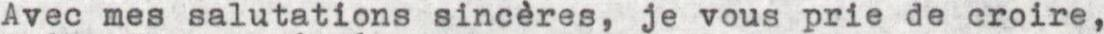
Avec mes salutations sincères, je vous prie de croire,